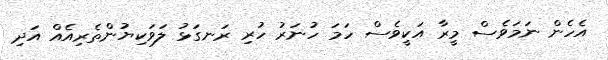
އެހެން ނަމަވެސް މީރާ އަކީވެސް ހަމަ ހުނަރު ހުރި ރަނގަޅު ލަވަކިޔުންތެރިއެއް އަދި